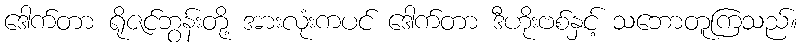
ဒေါက်တာ ရိုဇင်ဘွန်းတို့ အားလုံးကပင် ဒေါက်တာ ဒီဟိုးဗစ်နှင့် သဘောတူကြသည်။